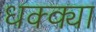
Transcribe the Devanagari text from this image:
धक्क्या